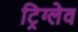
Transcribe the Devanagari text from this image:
ट्रिग्लेव